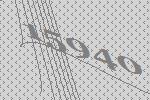
15940